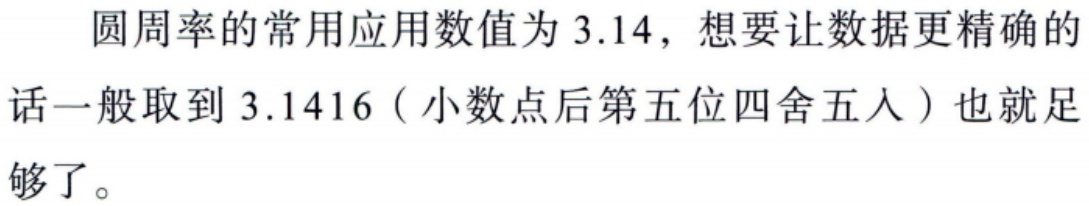
圆周率的常用应用数值为 3.14，想要让数据更精确的话一般取到 3.1416（小数点后第五位四舍五入）也就足够了。